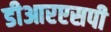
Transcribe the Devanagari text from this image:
डीआरएसपी